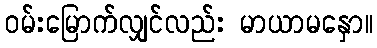
ဝမ်းမြောက်လျှင်လည်း မာယာမနှော။